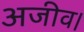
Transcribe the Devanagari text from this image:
अजीव।